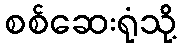
စစ်ဆေးရုံသို့